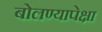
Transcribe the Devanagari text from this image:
बोलण्यापेक्षा